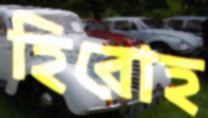
হিরোহ